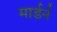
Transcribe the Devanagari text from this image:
मार्डर्न